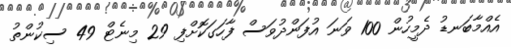
އެއްމާބަނޑު ދެމީހުން 100 ވަނަ އުފަންދުވަސް ފާހަގަކޮށްފި 29 މިނެޓް 49 ސިކުންތު